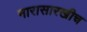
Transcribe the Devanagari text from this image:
नारासारखीच